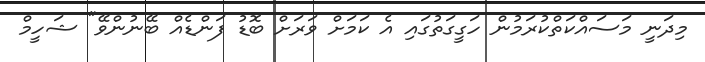
މިދަނީ މަސައްކަތްކުރަމުން ހަގީގަތުގައި އެ ކަމަށް ވަރަށް ބޮޑު ފަންޑެއް ބޭނުންވޭ" ޝަހީމް